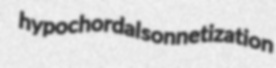
hypochordal sonnetization